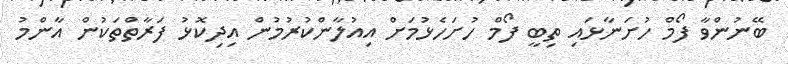
ބޭނުންވާ ފޯމް ހުށަނާޅައި ތިބީ ފޯމް ހުށަހެޅުމަށް އިއުލާންކުރުމުން އިދިކޮޅު ފަރާތްތަކުން އާންމު